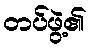
တပ်ဖွဲ့၏